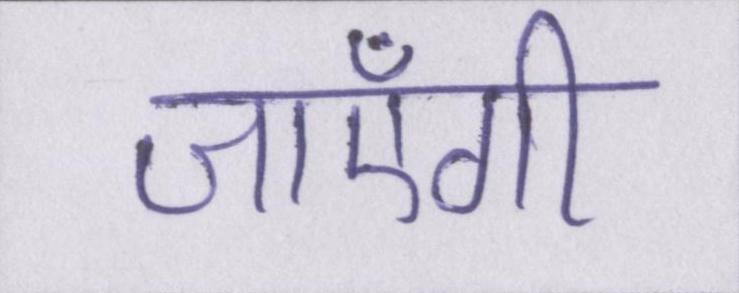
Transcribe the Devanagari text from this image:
जाएँगी